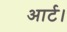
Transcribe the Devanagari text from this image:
आर्ट।